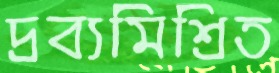
দ্রব্যমিশ্রিত